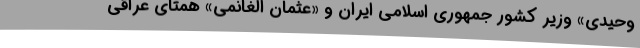
وحیدی» وزیر کشور جمهوری اسلامی ایران و «عثمان الغانمی» همتای عراقی